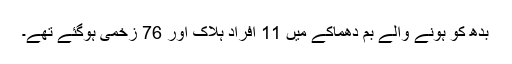
بدھ کو ہونے والے بم دھماکے میں 11 افراد ہلاک اور 76 زخمی ہوگئے تھے۔